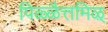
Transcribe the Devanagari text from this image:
पिळ्ळैत्तमिऴ्